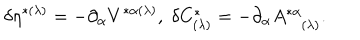
LaTeX: \delta \eta ^ { * ( \lambda ) } = - \partial _ { \alpha } V ^ { * \alpha ( \lambda ) } , \; \delta C _ { ( \lambda ) } ^ { * } = - \partial _ { \alpha } A _ { ( \lambda ) } ^ { * \alpha } .